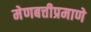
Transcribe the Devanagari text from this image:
मेणबत्तीप्रमाणे